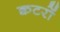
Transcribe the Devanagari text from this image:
क्वटरों